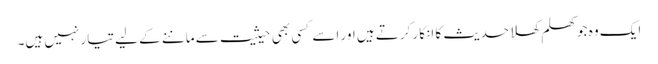
ایک وہ جو کھلم کھلا حدیث کا انکار کرتے ہیں اور اسے کسی بھی حیثیت سے ماننے کے لیے تیار نہیں ہیں۔